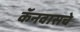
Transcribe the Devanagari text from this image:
कॅनवासचे